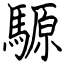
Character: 騵